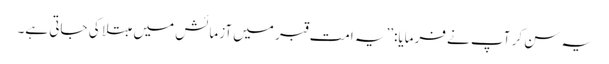
یہ سن کر آپ نے فرمایا:’’یہ امت قبر میں آزمائش میں مبتلا کی جاتی ہے۔